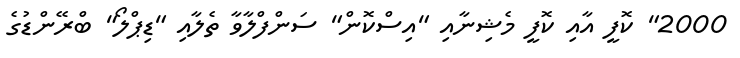
2000" ކޮފީ އާއި ކޮފީ މެޝިނާއި "އިސްކޮން" ސަންފްލާވާ ތެލާއި "ޑިޕްލޯ" ބްރޭންޑުގެ